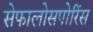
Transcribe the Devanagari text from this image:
सेफालोसपोरिंस